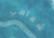
شفاهي